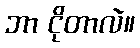
ဘာ ငိုတာလဲ။